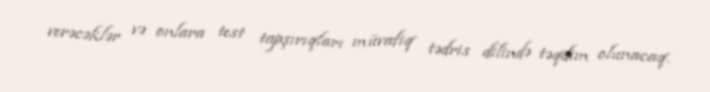
verəcəklər və onlara test tapşırıqları müvafiq tədris dilində təqdim olunacaq.